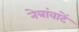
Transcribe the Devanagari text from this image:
नेत्रांवाटें